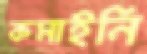
কমাইনি